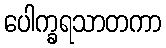
ပေါက္ခရသာတကာ